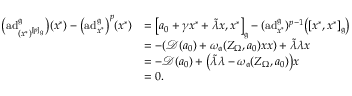
\begin{array} { r l } { \bigl ( \mathrm { a d } _ { ( x ^ { * } ) ^ { [ p ] _ { \mathfrak { g } } } } ^ { \mathfrak { g } } \bigr ) ( x ^ { * } ) - \bigl ( \mathrm { a d } _ { x ^ { * } } ^ { \mathfrak { g } } \bigr ) ^ { p } ( x ^ { * } ) } & { = \big [ a _ { 0 } + \gamma x ^ { * } + \tilde { \lambda } x , x ^ { * } \big ] _ { \mathfrak { g } } - ( \mathrm { a d } _ { x ^ { * } } ^ { \mathfrak { g } } ) ^ { p - 1 } \bigl ( [ x ^ { * } , x ^ { * } ] _ { \mathfrak { g } } \bigr ) } \\ & { = - ( \mathscr { D } ( a _ { 0 } ) + \omega _ { \mathfrak { a } } ( Z _ { \Omega } , a _ { 0 } ) x x ) + \tilde { \lambda } \lambda x } \\ & { = - \mathscr { D } ( a _ { 0 } ) + \bigl ( \tilde { \lambda } \lambda - \omega _ { \mathfrak { a } } ( Z _ { \Omega } , a _ { 0 } ) \bigr ) x } \\ & { = 0 . } \end{array}